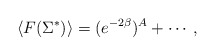
\begin{align*}\langle F( \Sigma^*) \rangle = ( e^{-2 \beta})^A + \cdots,\end{align*}